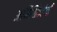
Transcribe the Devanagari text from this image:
अनिश्चिततेची